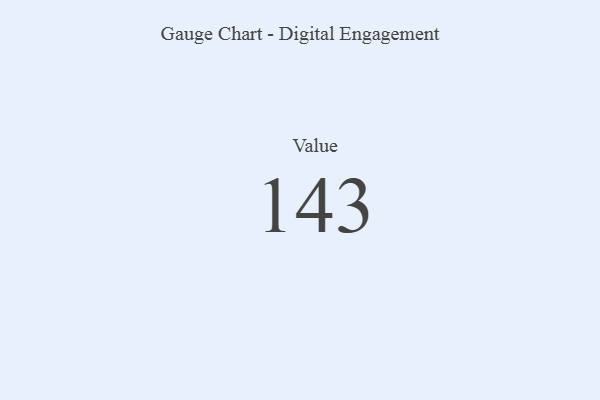
{"axis": {"x": "Metric", "y": "Value"}, "legend": [""], "data": [{"x": "Value", "y": 143, "type": ""}]}